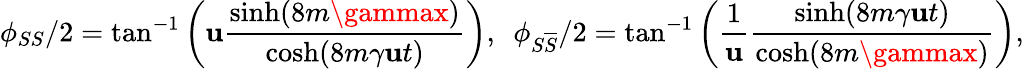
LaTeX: \phi_{SS}/2=\tan^{-1}\left(\mathbf{u}\frac{{\sinh(8m\gammax)}}{{\cosh(8m\gamma\mathbf{u}t)}}\right),\, \, \, \phi_{S\overline{{{{S}}}}}/2=\tan^{-1}\left(\frac{{1}}{{\mathbf{u}}}\frac{{\sinh(8m\gamma\mathbf{u}t)}}{{\cosh(8m\gammax)}}\right),